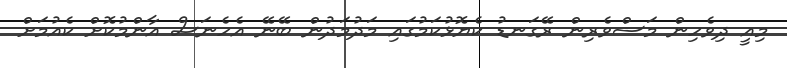
މިއީ ދިވެހިން މަސްވެރިން ރޭގަނޑު ކެޔޮޅުކަމުގައި މަދުމަދުން ބޭނޭ އެހެނަސް އާންމުކޮށް ކެއުމަށް